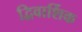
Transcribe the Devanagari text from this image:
द्विवार्शिक